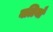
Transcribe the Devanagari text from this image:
बलियाँ